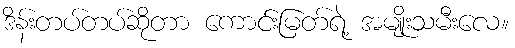
ဒိန်းတပ်တပ်ဆိုတာ ကောင်းမြတ်ရဲ့ အမျိုးသမီးလေ။